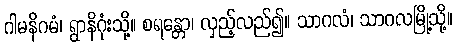
ဂါမနိဂမံ၊ ရွာနိဂုံးသို့။ စရန္တော၊ လှည့်လည်၍။ သာဂလံ၊ သာဂလမြို့သို့။